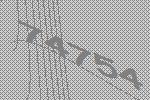
74754